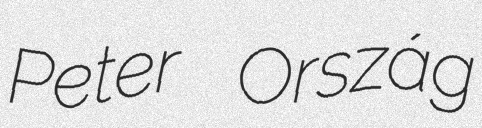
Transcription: Peter Ország